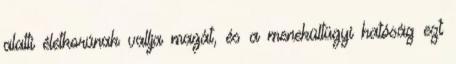
alatti életkorúnak vallja magát, és a menekültügyi hatóság ezt